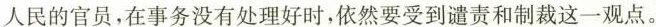
人民的官员，在事务没有处理好时，依然要受到谴责和制裁这一观点。